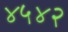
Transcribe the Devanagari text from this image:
४५४२